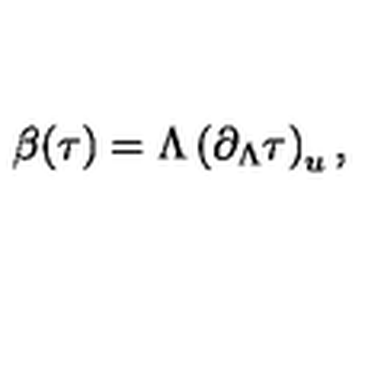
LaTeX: \beta ( \tau ) = \Lambda \left( \partial _ { \Lambda } \tau \right) _ { u } ,